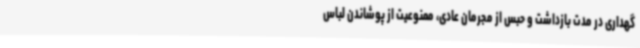
گهداری در مدت بازداشت و حبس از مجرمان عادی، ممنوعیت از پوشاندن لباس